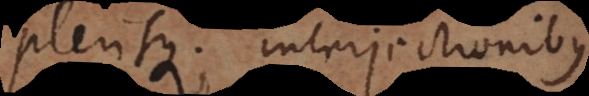
plerisque; interjectionibus